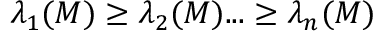
\lambda _ { 1 } ( M ) \geq \lambda _ { 2 } ( M ) . . . \geq \lambda _ { n } ( M )